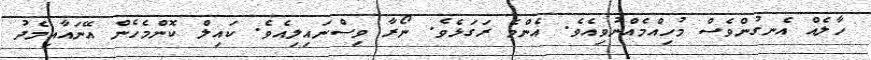
ހާލެއް އެނގުންވެސް މުހިއްމެއްނުވިއެވެ. އެންމެ ރަގަޅެވެ. ނޯރާ ވިސްނައިލިއެވެ. ކައިލް ކޮންމެހެން އޭނައާއިމެދު